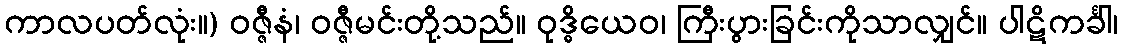
ကာလပတ်လုံး။) ဝဇ္ဇီနံ၊ ဝဇ္ဇီမင်းတို့သည်။ ဝုဒ္ဓိယေဝ၊ ကြီးပွားခြင်းကိုသာလျှင်။ ပါဋိကင်္ခါ၊